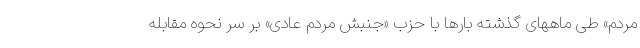
مردم» طی ماههای گذشته بارها با حزب «جنبش مردم عادی» بر سر نحوه مقابله